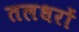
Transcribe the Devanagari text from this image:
तलधरों